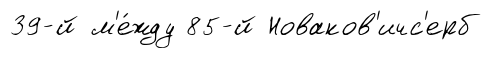
39-й м'е́жду 85-й Новаков'ичс'ерб